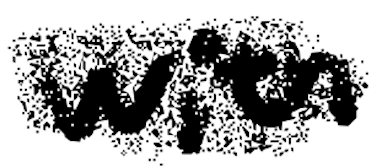
Text: with
Cross-out: scratch
Writing tool: digital_black